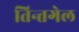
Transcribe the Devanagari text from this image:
तिन्तगेल